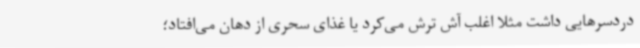
دردسرهایی داشت مثلاً اغلب آش ترش می‌کرد یا غذای سحری از دهان می‌افتاد؛